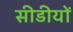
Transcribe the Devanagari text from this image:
सीडीयों